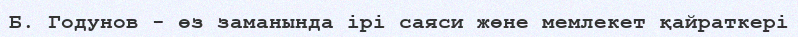
Б. Годунов - өз заманында ірі саяси жөне мемлекет қайраткері